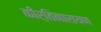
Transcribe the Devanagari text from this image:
कीर्तिनारायण